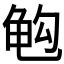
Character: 𱍅